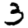
Digit: 3